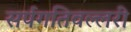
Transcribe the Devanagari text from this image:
सर्पगतिवल्लरी